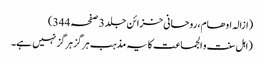
(ازالہ اوھام، روحانی خزائن جلد 3 صفحہ 344)
(اہل سنت و الجماعت کا یہ مذہب ہرگز ہرگز نہیں ہے۔